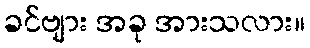
ခင်ဗျား အခု အားသလား။